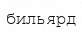
бильярд